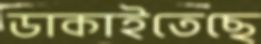
ডাকাইতেছে